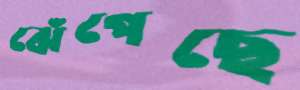
ঝেঁপেছে